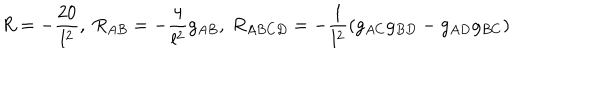
LaTeX: R = - \frac { 2 0 } { l ^ { 2 } } , ~ R _ { A B } = - \frac { 4 } { l ^ { 2 } } g _ { A B } , ~ R _ { A B C D } = - \frac { 1 } { l ^ { 2 } } ( g _ { A C } g _ { B D } - g _ { A D } g _ { B C } )